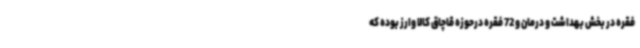
فقره در بخش بهداشت و درمان و 72 فقره درحوزه قاچاق کالا وارز بوده که